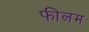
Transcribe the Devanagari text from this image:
फीलम